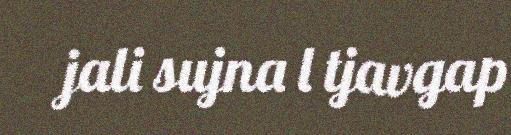
jali sujna l tjavgap